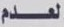
لعدم